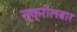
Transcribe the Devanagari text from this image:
स्क्रोलबार